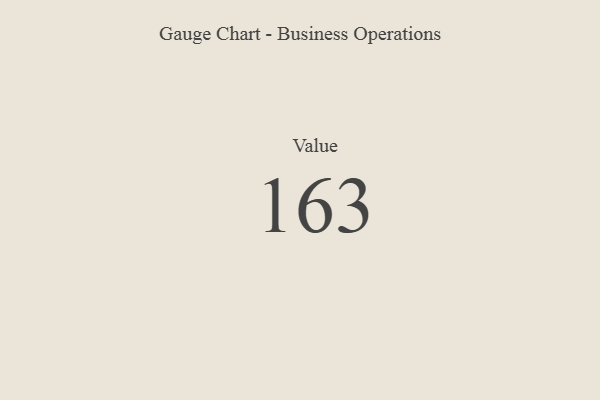
{"axis": {"x": "Metric", "y": "Value"}, "legend": [""], "data": [{"x": "Value", "y": 163, "type": ""}]}